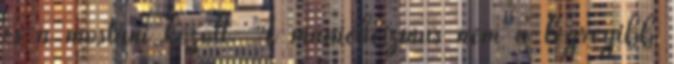
és a mostani között. A manicheizmus nem a legrégibb